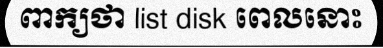
ពាក្យថា list disk ពេលនោះ